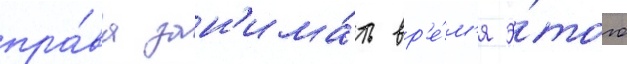
пра́ва зан'има́ть вр'е́м'я э́того